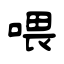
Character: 喂